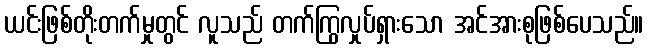
ယင်းဖြစ်တိုးတက်မှုတွင် လူသည် တက်ကြွလှုပ်ရှားသော အင်အားစုဖြစ်ပေသည်။